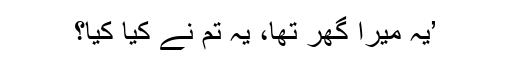
’یہ میرا گھر تھا، یہ تم نے کیا کیا؟